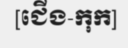
[ជើង-កុក]